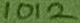
Text: 1012